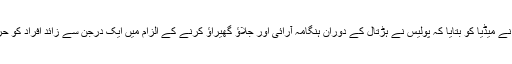
ڈی آئی جی حیدرآباد نے میڈیا کو بتایا کہ پولیس نے ہڑتال کے دوران ہنگامہ آرائی اور جلاؤ گھیراؤ کرنے کے الزام میں ایک درجن سے زائد افراد کو حراست میں لے لیا گیا۔